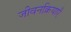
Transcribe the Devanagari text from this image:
जीवनक्रियाएँ